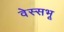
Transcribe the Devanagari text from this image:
वेस्सभू